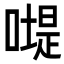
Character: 𠽯